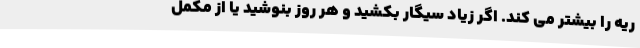
ریه را بیشتر می کند. اگر زیاد سیگار بکشید و هر روز بنوشید یا از مکمل